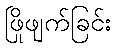
ဖြိုဖျက်ခြင်း